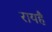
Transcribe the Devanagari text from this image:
रायहै